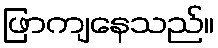
ဖြာကျနေသည်။